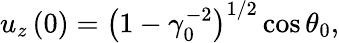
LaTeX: u_{z}\left(0\right)=\left(1-\gamma_{0}^{-2}\right)^{1/2}\cos\theta_{0},